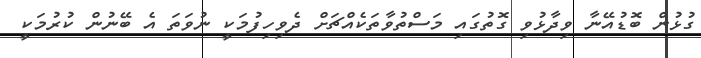
ގުޅުން ބޮޑުއޭނާ ވިދާޅުވި ގޮތުގައި މަސްތުވާތަކެއްޗަށް ދެވިހިފުމަކީ ނުވަތަ އެ ބޭނުން ކުރުމަކީ